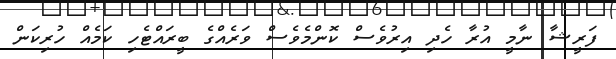
ފަރީޝާ ނާމީ އުރާ ހެދި އިރުވެސް ކޮންމެވެސް ވަރެއްގެ ބީރައްޓެހި ކަމެއް ހުރިކަން